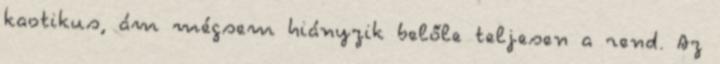
kaotikus, ám mégsem hiányzik belőle teljesen a rend. Az